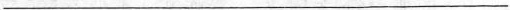
___